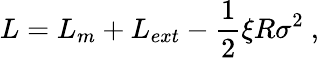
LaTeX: L=L_{m}+L_{ext}-{\frac{1}{2}}\xi R\sigma^{2}~,